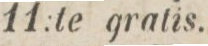
11:te gratis.